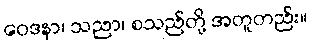
ဝေဒနာ၊ သညာ၊ စသည်တို့ အတူတည်း။